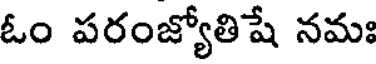
ఓం పరంజ్యోతిషే నమః